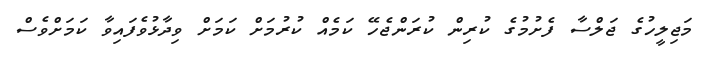
މަޖިލީހުގެ ޖަލްސާ ފެށުމުގެ ކުރިން ކުރަންޖެހޭ ކަމެއް ކުރުމަށް ކަމަށް ވިދާޅުވެފައިވާ ކަމަށްވެސް